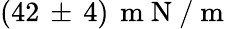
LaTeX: (42\, \pm\, 4)\, \mathrm{~m~N~/~m~}